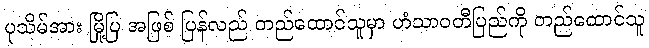
ပုသိမ်အား မြို့ပြ အဖြစ် ပြန်လည် တည်ထောင်သူမှာ ဟံသာဝတီပြည်ကို တည်ထောင်သူ